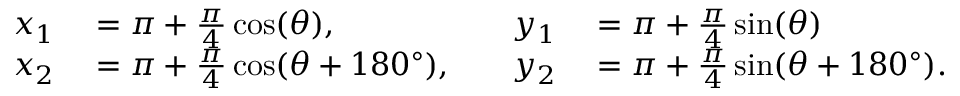
\begin{array} { r l r l } { x _ { 1 } } & { { } = \pi + \frac { \pi } { 4 } \cos ( \theta ) , } & { \quad y _ { 1 } } & { { } = \pi + \frac { \pi } { 4 } \sin ( \theta ) } \\ { x _ { 2 } } & { { } = \pi + \frac { \pi } { 4 } \cos ( \theta + 1 8 0 ^ { \circ } ) , } & { \quad y _ { 2 } } & { { } = \pi + \frac { \pi } { 4 } \sin ( \theta + 1 8 0 ^ { \circ } ) . } \end{array}